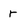
Character: r